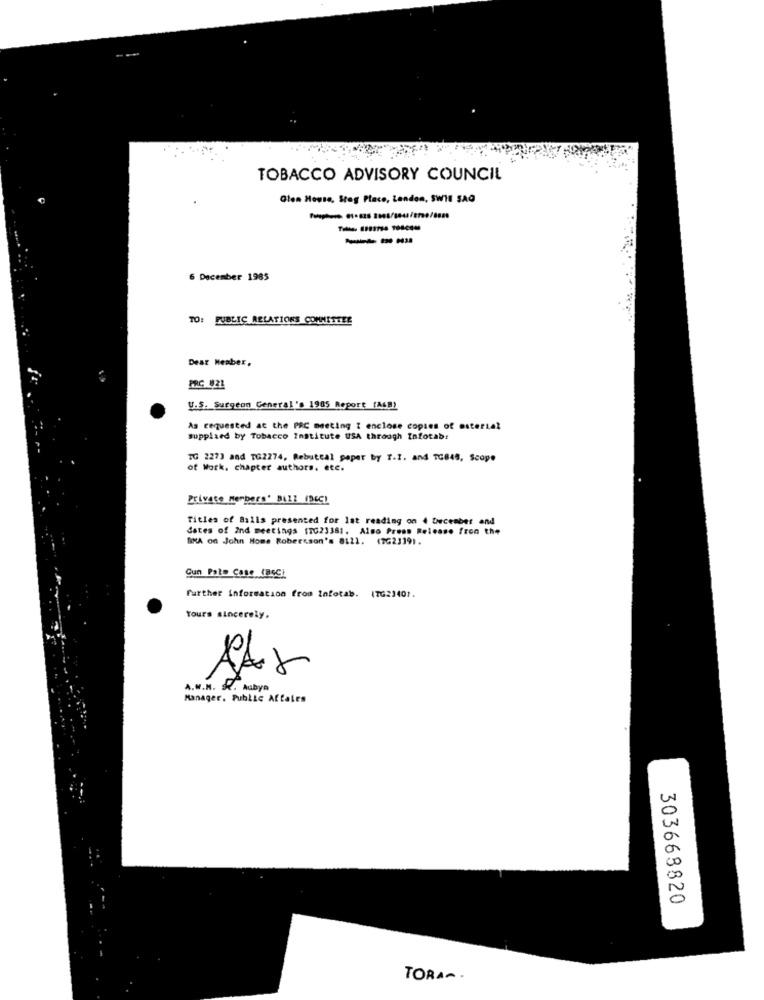
TOBACCO ADVISORY COUNCIL
Olen House, Steg Place, Lenden, SWIE SAQ
---
6 December 1985
TO: PUBLIC RELATIONS COMMITTEE
Dear Heaber,
PRC 21
U.S. Surgeon General's 1985 Report (A6B)
As requested at the PRC meeting I enclose copies of osteria?
supplied by Tobacco Institute USA through Infotab:
TG 2273 and TG2274, Rebuttal paper by T.I. and TG848, Scope
of Work, chapter authors. etc.
Private Members' Bill (DECL
Titles of Balls presented for Ist reading on 4 December and
dates of Ind meetings 17023381. Also Press Release from the
SMA on John Home Robertson's 8121. (7G23191.
Cun Pato Case (BSC)
further information from Infotab. (7G23401.
Yours sincerely,
2
A.M.N. S. Aubyn
Manager. Public Affairs
303668820
TORA ~.